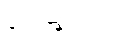
ပေးသွင်း၍